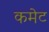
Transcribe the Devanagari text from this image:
कमेट